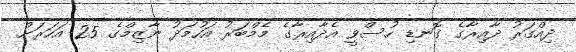
ދިއްގަރު ދާއިރާގެ ގޮނޑި ހުސްވީ އެދާއިރާގެ މެމްބަރު އަހުމަދު ނާޒިމްގެ 25 އަހަރަށް